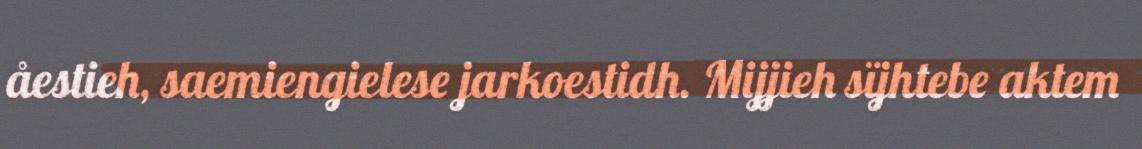
åestieh, saemiengielese jarkoestidh. Mijjieh sïjhtebe aktem